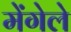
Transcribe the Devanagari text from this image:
मेंगेले